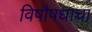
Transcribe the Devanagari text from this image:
विषौषधाचा